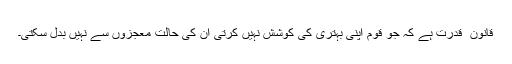
قانون ِ قدرت ہے کہ جو قوم اپنی بہتری کی کوشش نہیں کرتی ان کی حالت معجزوں سے نہیں بدل سکتی۔